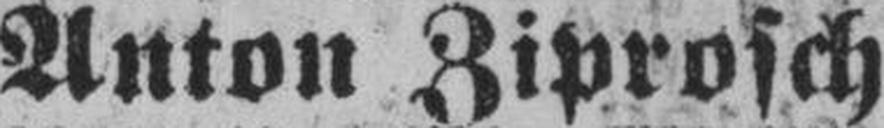
Anton Ziprosch